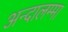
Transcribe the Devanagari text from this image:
अन्दालम्मा